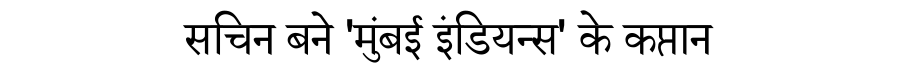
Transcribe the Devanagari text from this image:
सचिन बने 'मुंबई इंडियन्स' के कप्तान